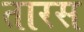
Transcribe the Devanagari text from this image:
तारस